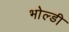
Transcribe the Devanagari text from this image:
भोल्डी